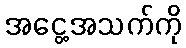
အငွေ့အသက်ကို